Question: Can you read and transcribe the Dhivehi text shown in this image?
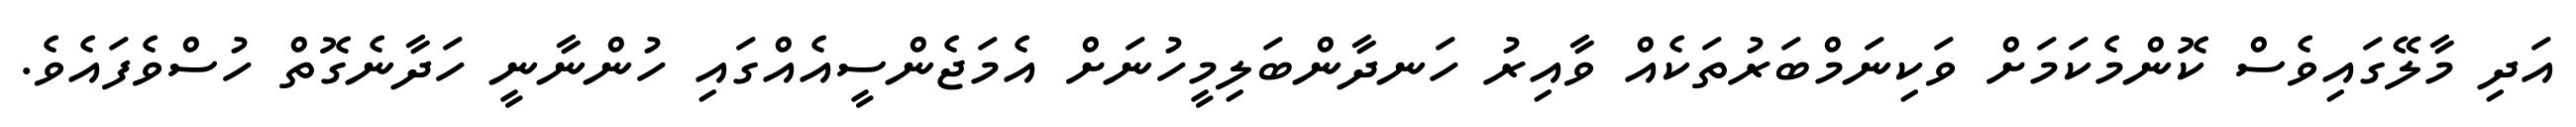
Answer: އަދި މާލޭގައިވެސް ކޮންމެކަމަށް ވަކިނަމްބަރުތަކެއް ވާއިރު ހަނދާންބަލިމީހުނަށް އެމަޖެންސީއެއްގައި ހުންނާނީ ހަދާނެގޮތް ހުސްވެފައެވެ.